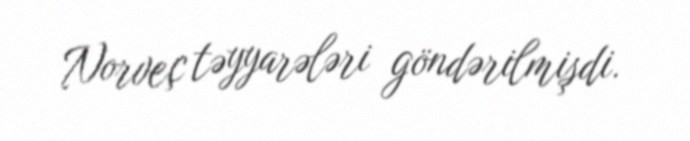
Norveç təyyarələri göndərilmişdi.